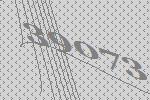
39073